Vaccination report Assam 1874-1896 - 1874-1896
Year: 1874
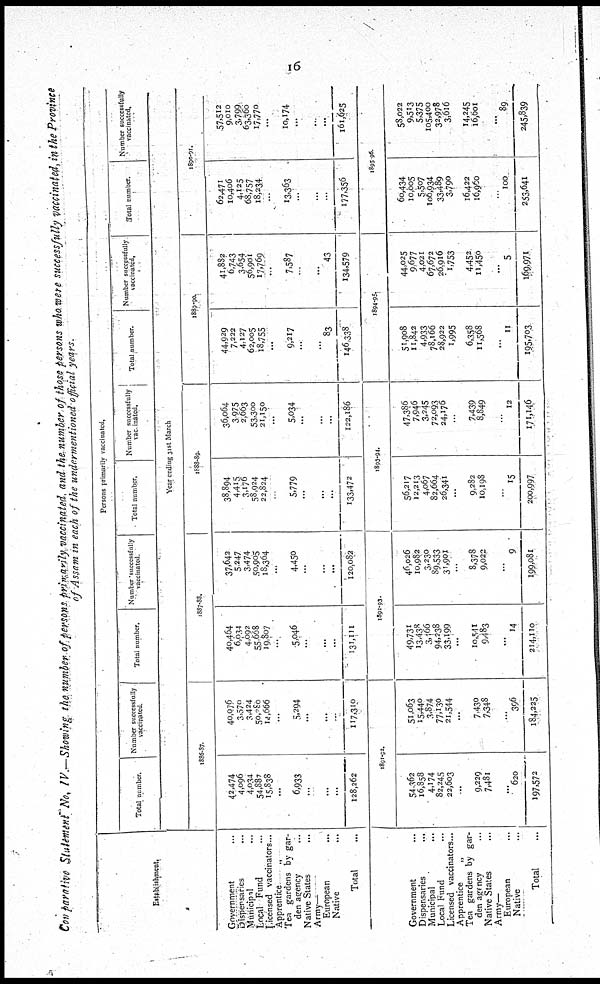
16
Comparative Statement No. IV.—Showing the number of persons primarily vaccinated, and the number of those persons who were successfully vaccinated, in the Province
of Assam in each of the undermentioned official years.
Establishment.
Government ...
Dispensaries ...
Municipal
...
Local Fund ...
Licensed vaccinators...
Apprentice
„
Tea gardens by gar-
den agency ...
Native States
Army—
European ...
Native ...
Total ...
Government ...
Dispensaries ...
Municipal ...
Local Fund ...
Licensed vaccinators...
Apprentice
„
Tea gardens by gar-
den agency ...
Native States ...
Army—
European ...
Native ...
Total ...
Persons primarily vaccinated.
Total number.
Number successfully
vaccinated.
Total number.
Number successfully
vaccinated.
Total number,
Number successfully
vaccinated.
Total number.
Number successfully
vaccinated,
Total number.
Number successfully
vaccinated.
Year ending 31st March
1886-87.
42,474
4,096
4,034
54,887
15,838
...
6,933
...
...
...
128,262
40,076
3,570
3,424
50,280
14,666
...
5,294
...
...
...
117,310
1891-92.
54,362
16,858
4,174
82,245
22,603
...
9,229
7,481
...
620
197,572
51,063
15,440
3,874
77,130
21,544
...
7,430
7,348
...
396
184,225
1887-88.
40,464
6,034
4,092
55,668
19,807
...
5,046
...
...
...
131,11
37,642
5,247
3,474
50,905
18,364
...
4,450
...
...
...
120,082
1892-93.
49,731
13,438
3,466
94,238
33,199
...
10,541
9,483
...
14
214,110
46,026
10,982
3,230
89,533
31,901
...
8,378
9,022
...
9
199,081
1888-89.
38,894
4,415
3,176
58,924
22,824
...
5,779
...
...
...
133,472
36,064
3,975
2,663
53,300
21,150
...
5,034
...
...
...
122,186
1893-94.
56,217
12,213
4,067
82,664
26,341
...
9,282
10,198
...
15
200,997
47,386
7,946
3,245
72,093
24,176
...
7,439
8,849
...
12
171,146
1889-90.
44,929
7,222
4,127
62,005
18,755
...
9,217
...
...
83
146,338
41,882
6,743
3,654
56,901
17,769
...
7,587
...
...
43
134,579
1894-95.
51,908
11,842
4,933
78,166
28,922
1,995
6,358
11,568
...
11
195,703
44,025
9,677
4,021
67,672
26,916
1,753
4,452
11,450
...
5
169,971
1890-91.
62,471
10,406
4,125
68,757
18,234
...
13,363
...
...
...
177,356
57,512
9,010
3,799
63,360
17,770
...
10,174
...
...
...
161,625
1895-96.
60,434
10,005
5,507
106,934
33,489
3,790
16,422
16,960
...
100
253,641
58,022
9,513
5,375
105,400
32,978
3,616
14,245
16,601
...
89
245,839